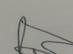
Signature authenticity: genuine